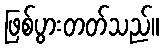
ဖြစ်ပွားတတ်သည်။